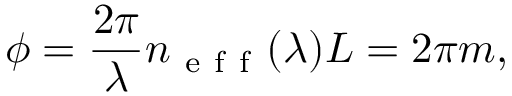
\phi = \frac { 2 \pi } { \lambda } n _ { \mathrm { ~ e ~ f ~ f ~ } } ( \lambda ) L = 2 \pi m ,